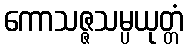
ကောသဇ္ဇသမ္ပယုတ္တံ